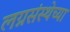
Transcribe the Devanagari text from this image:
लग्नसंस्थेच्या